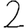
Digit: 2